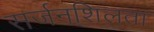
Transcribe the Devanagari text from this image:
सर्जनशिलता